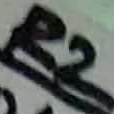
Text: R2